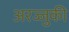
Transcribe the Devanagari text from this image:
अरज्जुकी